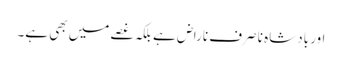
اور بادشاہ نا صرف ناراض ہے بلکہ غصے میں بھی ہے۔